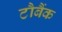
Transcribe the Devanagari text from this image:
टौबैंक